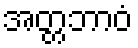
အတ္တဘာဝံ